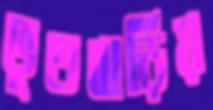
ভূতবাড়িয়